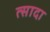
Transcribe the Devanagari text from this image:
त्सादा